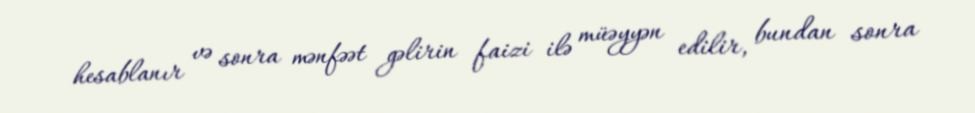
hesablanır və sonra mənfəət gəlirin faizi ilə müəyyən edilir, bundan sonra